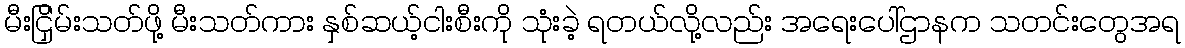
မီးငြှိမ်းသတ်ဖို့ မီးသတ်ကား နှစ်ဆယ့်ငါးစီးကို သုံးခဲ့ ရတယ်လို့လည်း အရေးပေါ်ဌာနက သတင်းတွေအရ